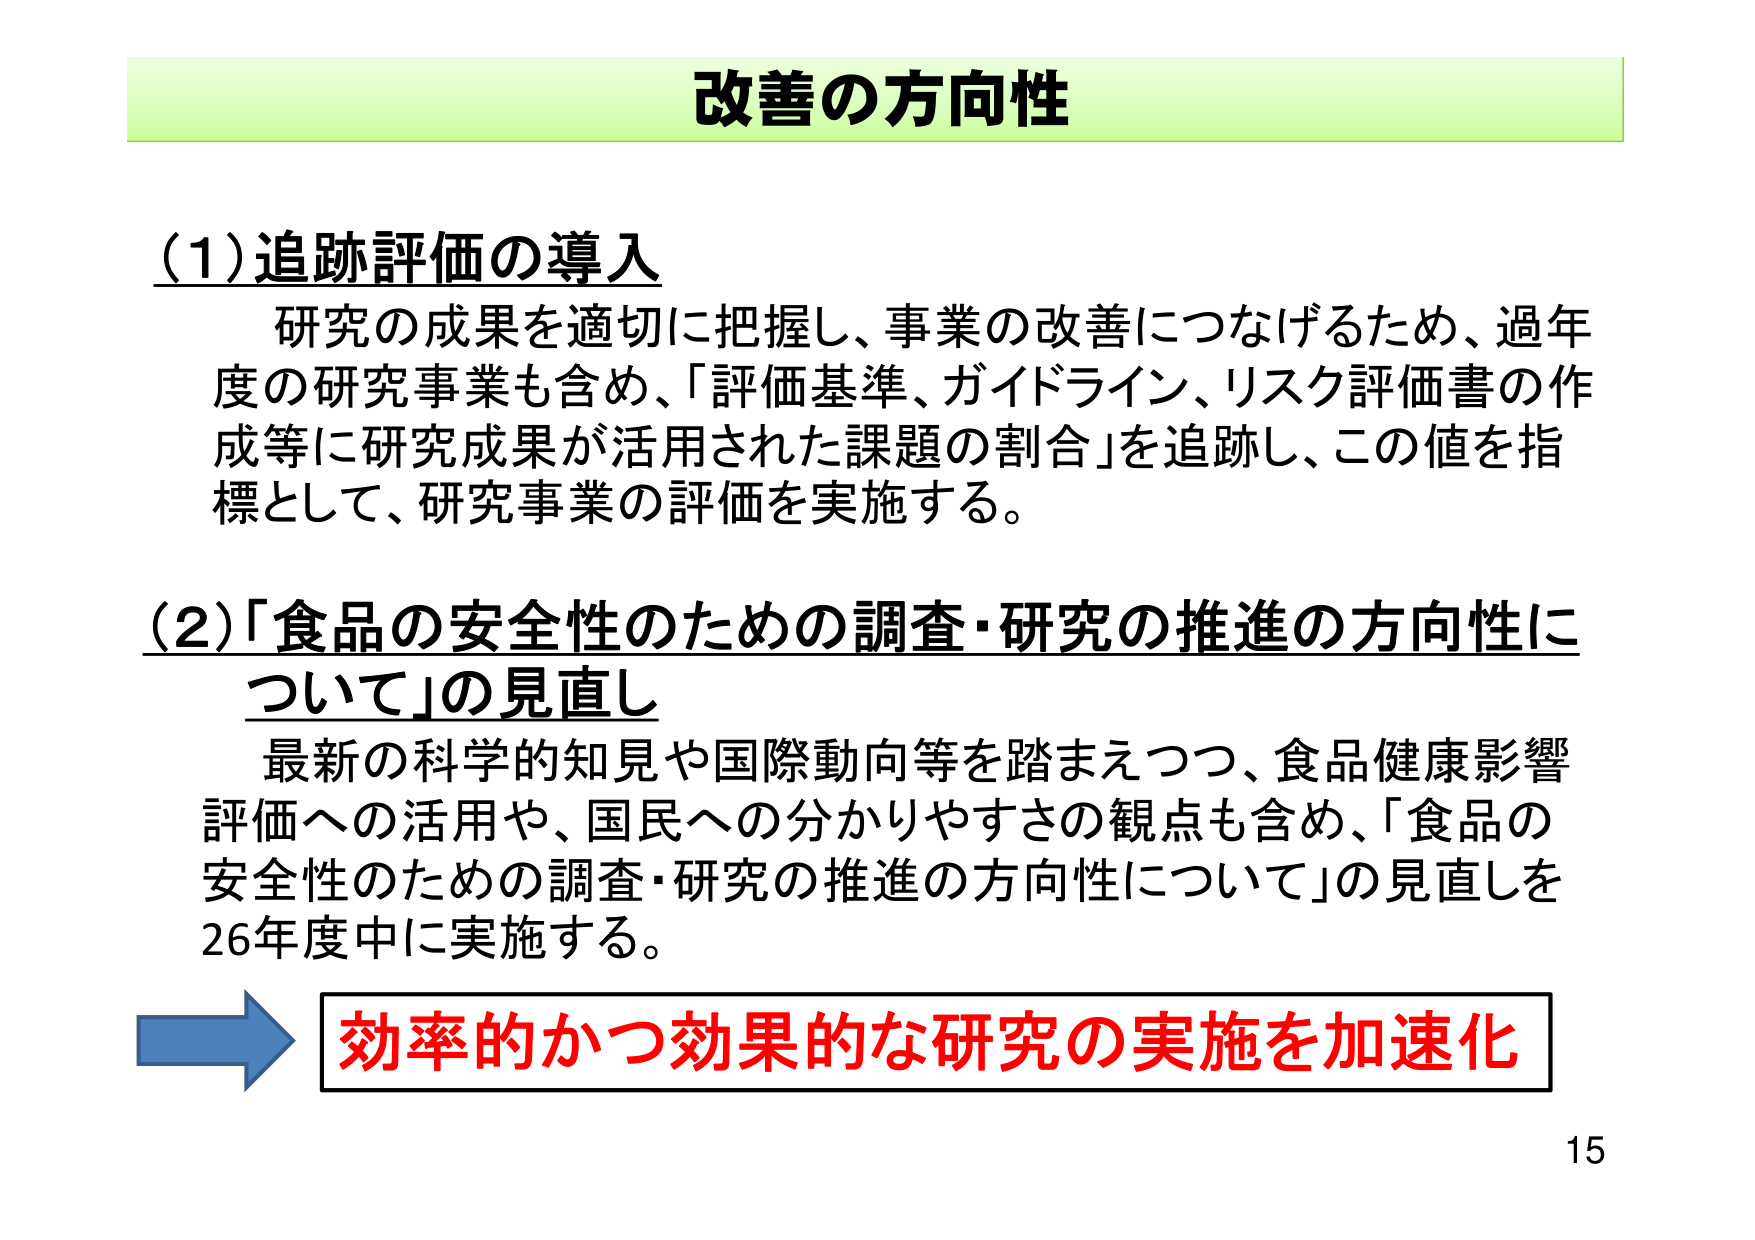
改善の方向性

(1) 追跡評価の導入
研究の成果を適切に把握し、事業の改善につなげるため、過年度の研究事業も含め、「評価基準、ガイドライン、リスク評価書の作成等に研究成果が活用された課題の割合」を追跡し、この値を指標として、研究事業の評価を実施する。

(2) 「食品の安全性のための調査・研究の推進の方向性について」の見直し
最新の科学的知見や国際動向等を踏まえつつ、食品健康影響評価への活用や、国民への分かりやすさの観点も含め、「食品の安全性のための調査・研究の推進の方向性について」の見直しを26年度中に実施する。

効率的かつ効果的な研究の実施を加速化

15